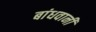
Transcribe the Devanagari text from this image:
बांधवानी